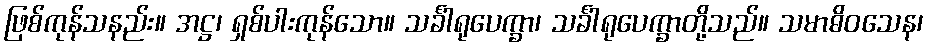
ဖြစ်ကုန်သနည်း။ အဋ္ဌ၊ ရှစ်ပါးကုန်သော။ သင်္ခါရုပေက္ခာ၊ သင်္ခါရုပေက္ခာတို့သည်။ သမာဓိဝသေန၊